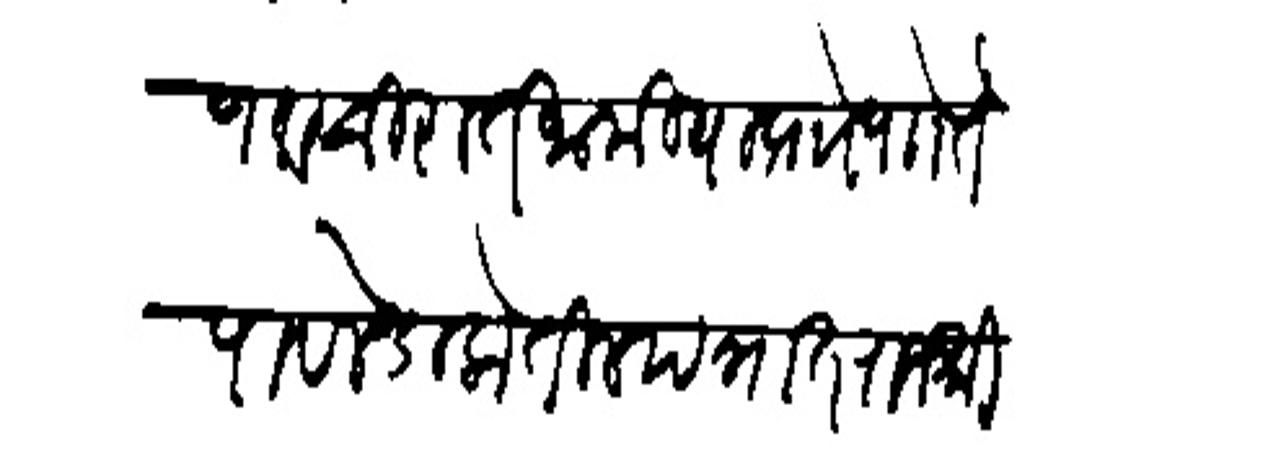
Transliteration (Devanagari): निशाण व चिरा तमामी या प्रोा पोा ते पावले डाकेतील पत्रात राजश्री